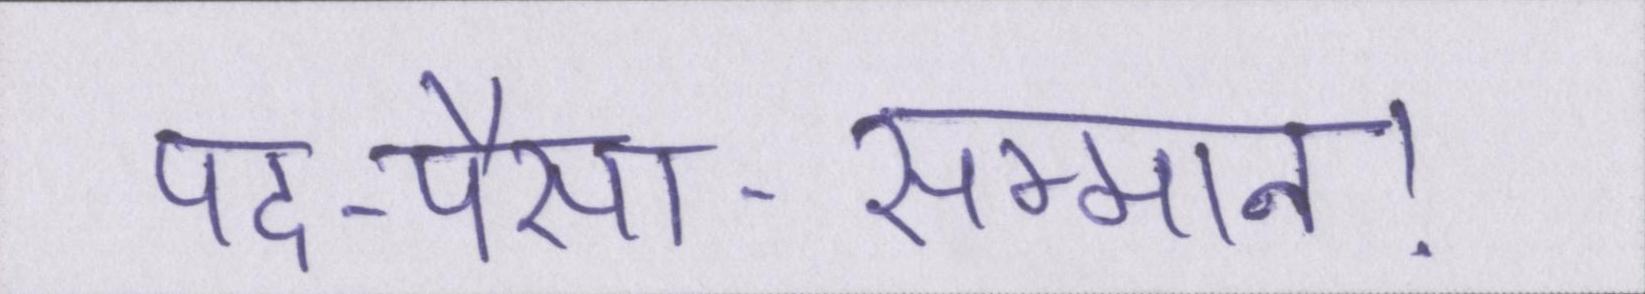
पद-पैसा-सम्मान।